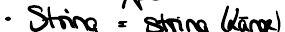
String = string (Länge)